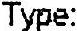
TYPE: